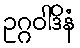
ဥဂ္ဂဝါဒိနံ